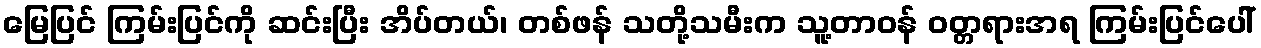
မြေပြင် ကြမ်းပြင်ကို ဆင်းပြီး အိပ်တယ်၊ တစ်ဖန် သတို့သမီးက သူ့တာဝန် ဝတ္တရားအရ ကြမ်းပြင်ပေါ်